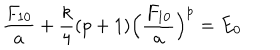
\frac { F _ { 1 0 } } { a } + \frac { k } { 4 } ( p + 1 ) \Bigl ( \frac { F _ { 1 0 } } { a } \Bigr ) ^ { p } = E _ { 0 }